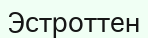
Эстроттен